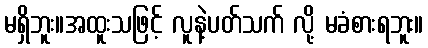
မရှိဘူး။အထူးသဖြင့် လူနဲ့ပတ်သက် လို့ မခံစားရဘူး။